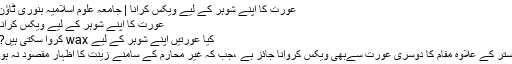
عورت کا اپنے شوہر کے لیے ویکس کرانا | جامعہ علوم اسلامیہ بنوری ٹاؤن
عورت کا اپنے شوہر کے لیے ویکس کرانا
کیا عورتیں اپنے شوہر کے لیے wax کروا سکتی ہیں?
ستر کے علاوہ مقام کا دوسری عورت سےبھی ویکس کروانا جائز ہے ،جب کہ غیر محارم کے سامنے زینت کا اظہار مقصود نہ ہو۔